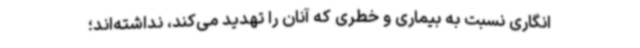
انگاری نسبت به بیماری و خطری که آنان را تهدید می‌کند، نداشته‌اند؛